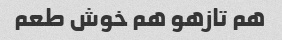
هم تازهو هم خوش طعم